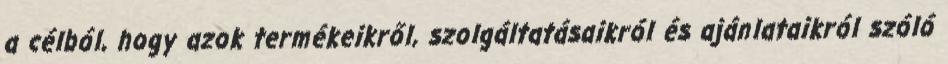
a célból, hogy azok termékeikről, szolgáltatásaikról és ajánlataikról szóló